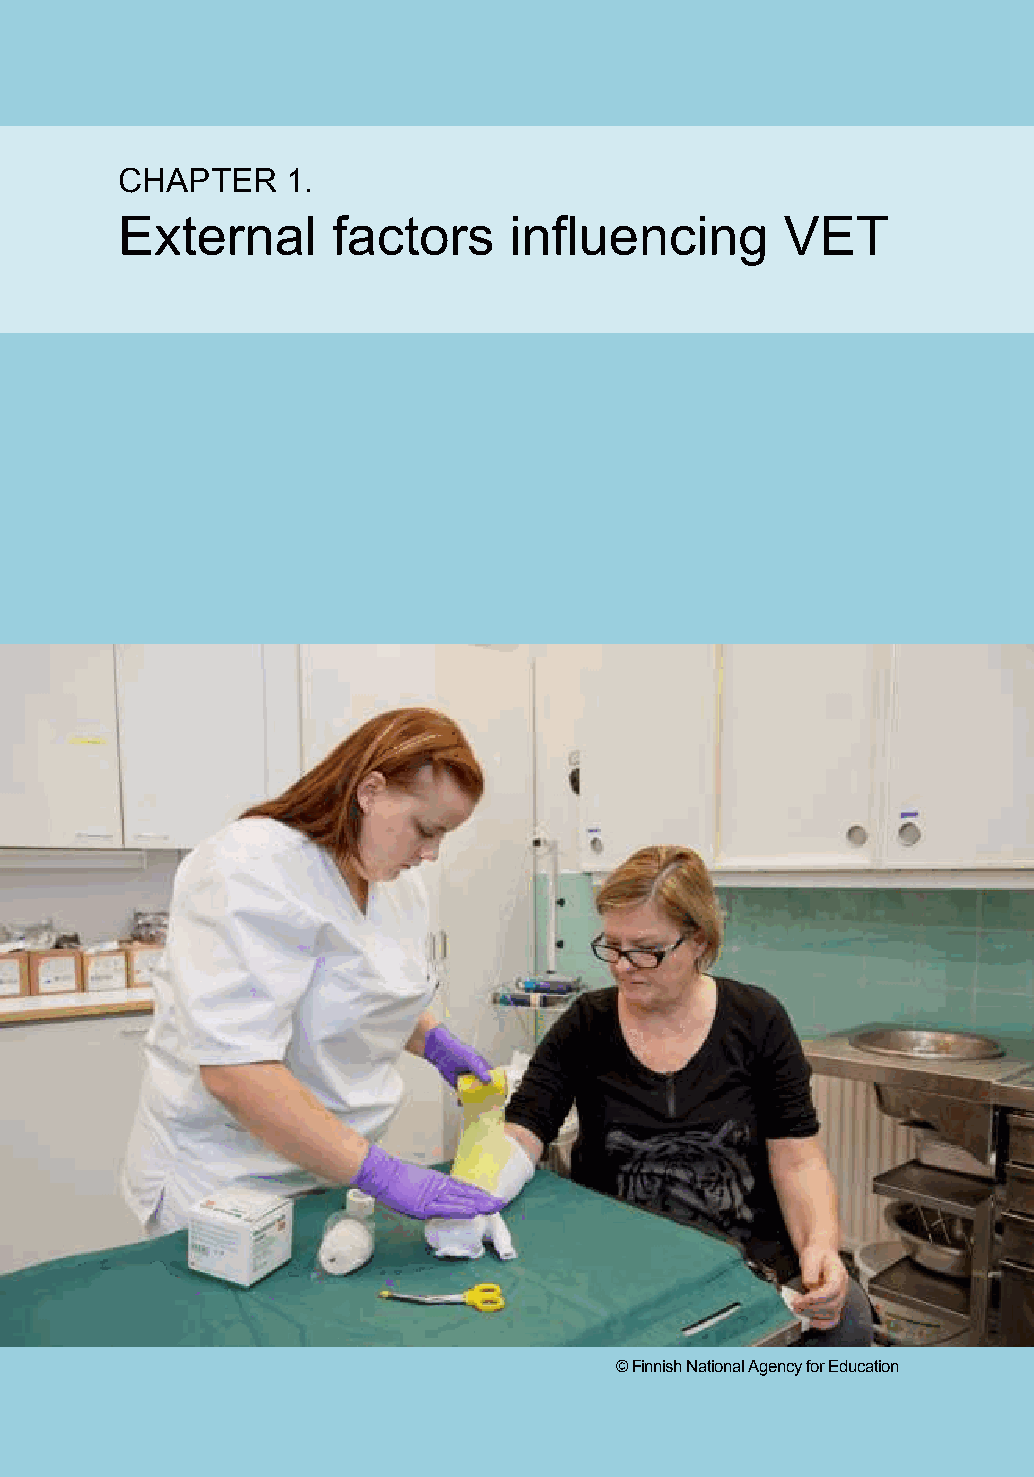
CHAPTER 1.
 External factors influencing VET
 CHAPTER    1.
 External      factors     influencing       VET
 © Finnish National Agency for Education
 13